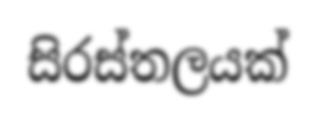
සිරස්තලයක්